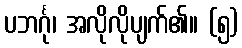
ပဘင်္ဂု၊ အလိုလိုပျက်၏။ (၅)